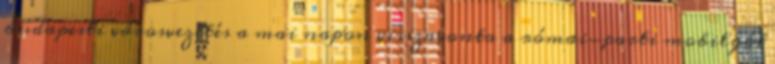
budapesti városvezetés a mai napon visszavonta a római-parti mobilgát